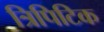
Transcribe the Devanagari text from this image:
त्रिपिटिक